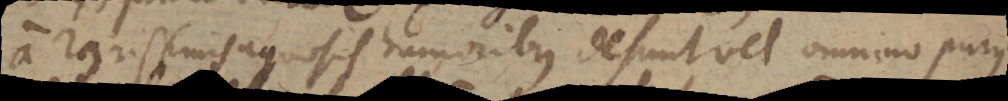
a rarissimis aquosis humoribus desinit vel omnino purus